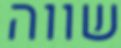
שווה